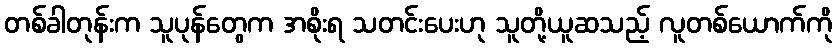
တစ်ခါတုန်းက သူပုန်တွေက အစိုးရ သတင်းပေးဟု သူတို့ယူဆသည့် လူတစ်ယောက်ကို